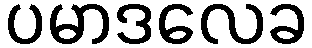
ပမာဒလေခ